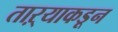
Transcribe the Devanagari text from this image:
ताऱ्याकडून